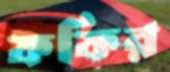
ফফির